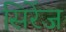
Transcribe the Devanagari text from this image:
सिरेंज